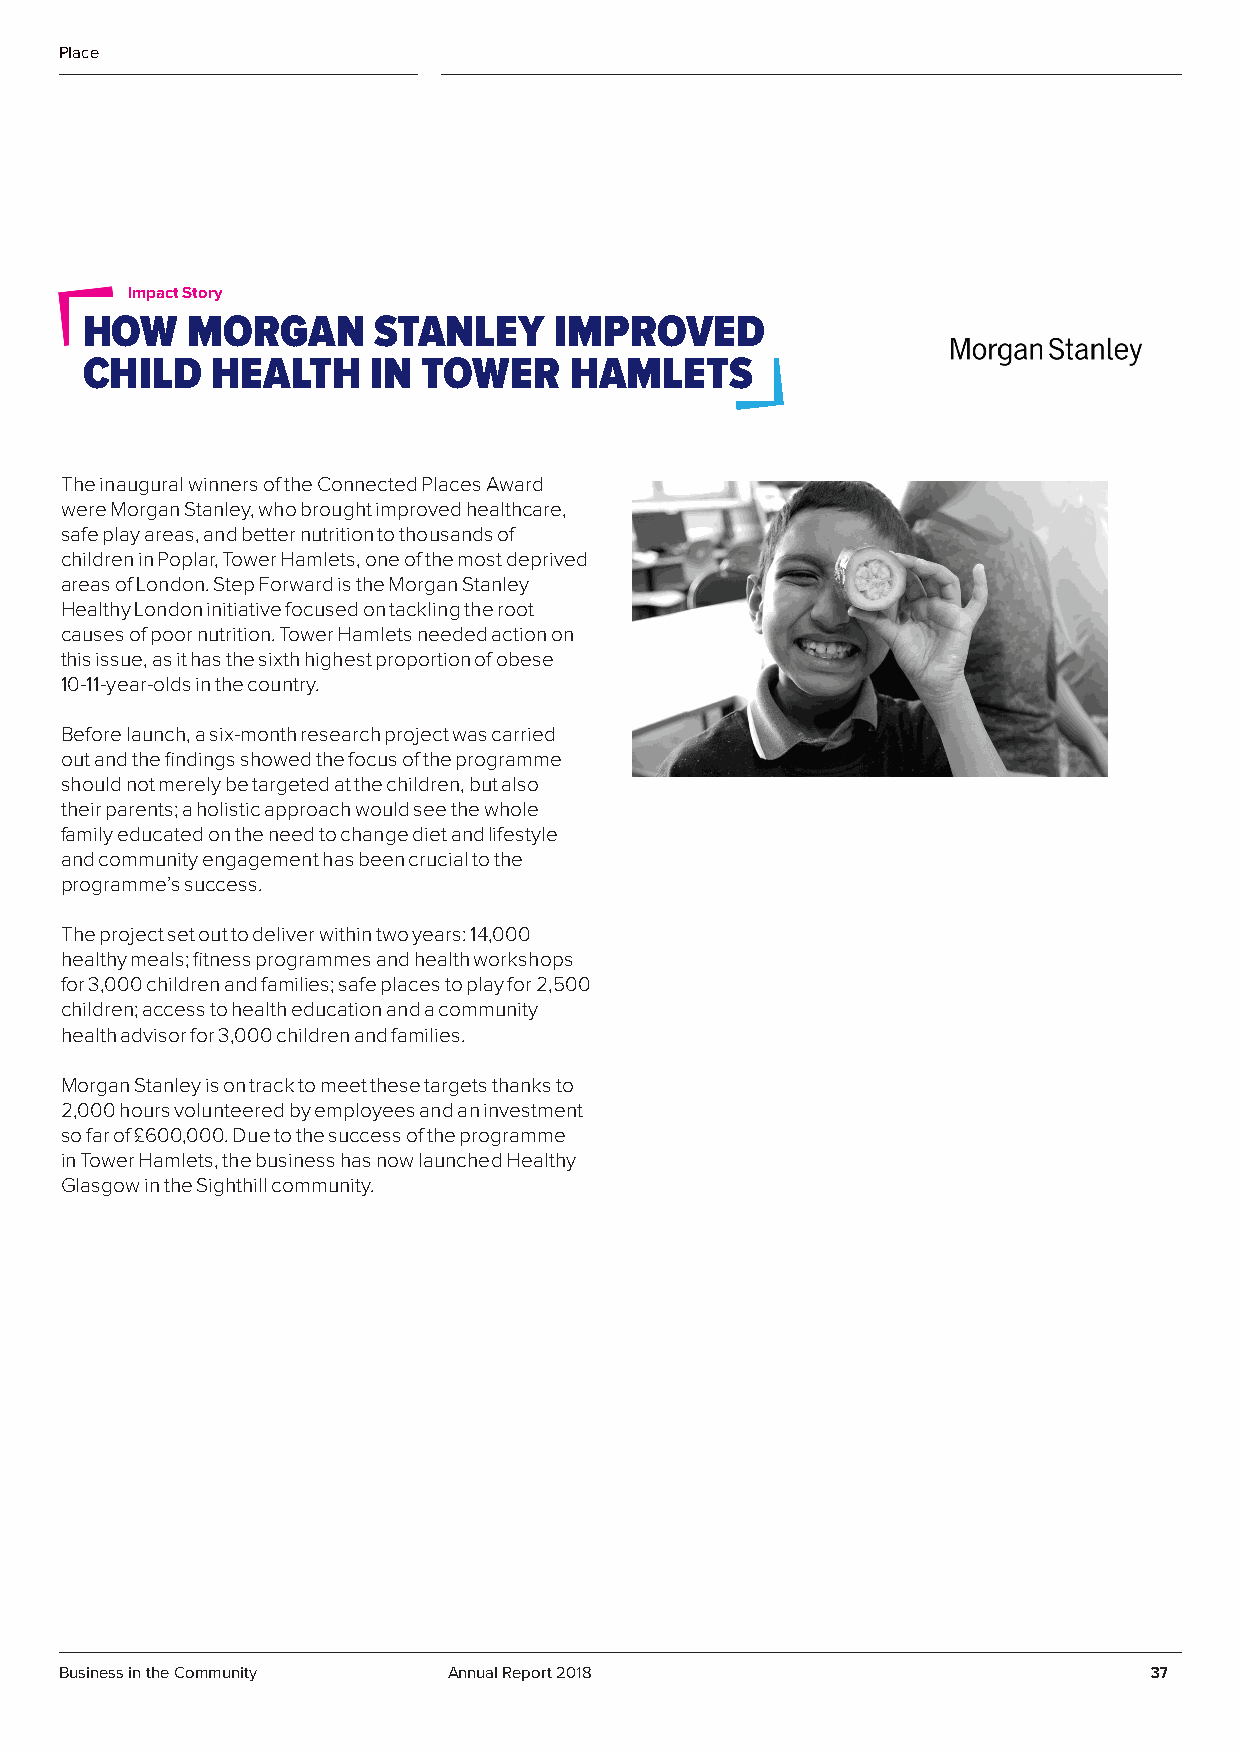
Place
 Impact Story
 HOW    MORGAN       STANLEY     IMPROVED
 CHILD    HEALTH    IN  TOWER     HAMLETS
 The inaugural winners of the Connected Places Award
 were Morgan Stanley, who brought improved healthcare,
 safe play areas, and better nutrition to thousands of
 children in Poplar, Tower Hamlets, one of the most deprived
 areas of London. Step Forward is the Morgan Stanley
 Healthy London initiative focused on tackling the root
 causes of poor nutrition. Tower Hamlets needed action on
 this issue, as it has the sixth highest proportion of obese
 10-11-year-olds in the country.
 Before launch, a six-month research project was carried
 out and the findings showed the focus of the programme
 should not merely be targeted at the children, but also
 their parents; a holistic approach would see the whole
 family educated on the need to change diet and lifestyle
 and community engagement has been crucial to the
 programme’s success.
 The project set out to deliver within two years: 14,000
 healthy meals; fitness programmes and health workshops
 for 3,000 children and families; safe places to play for 2,500
 children; access to health education and a community
 health advisor for 3,000 children and families.
 Morgan Stanley is on track to meet these targets thanks to
 2,000 hours volunteered by employees and an investment
 so far of £600,000. Due to the success of the programme
 in Tower Hamlets, the business has now launched Healthy
 Glasgow in the Sighthill community.
 Business in the Community Annual Report 2018                            37